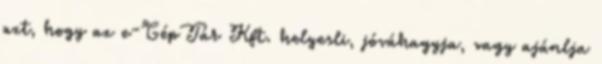
azt, hogy az e-GépTár Kft. helyesli, jóváhagyja, vagy ajánlja